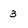
Character: 3